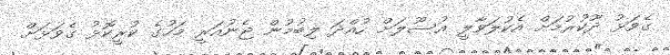
ގެވަޅު ދޫކުރުމަށް އެކުލަވާލީ އުސޫލަށް ހުއްދަ ލިބުމުން ޖެނުއަރީ މަހުގެ ކުރީކޮޅު ގެވަޅަށް